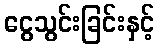
ငွေသွင်းခြင်းနှင့်